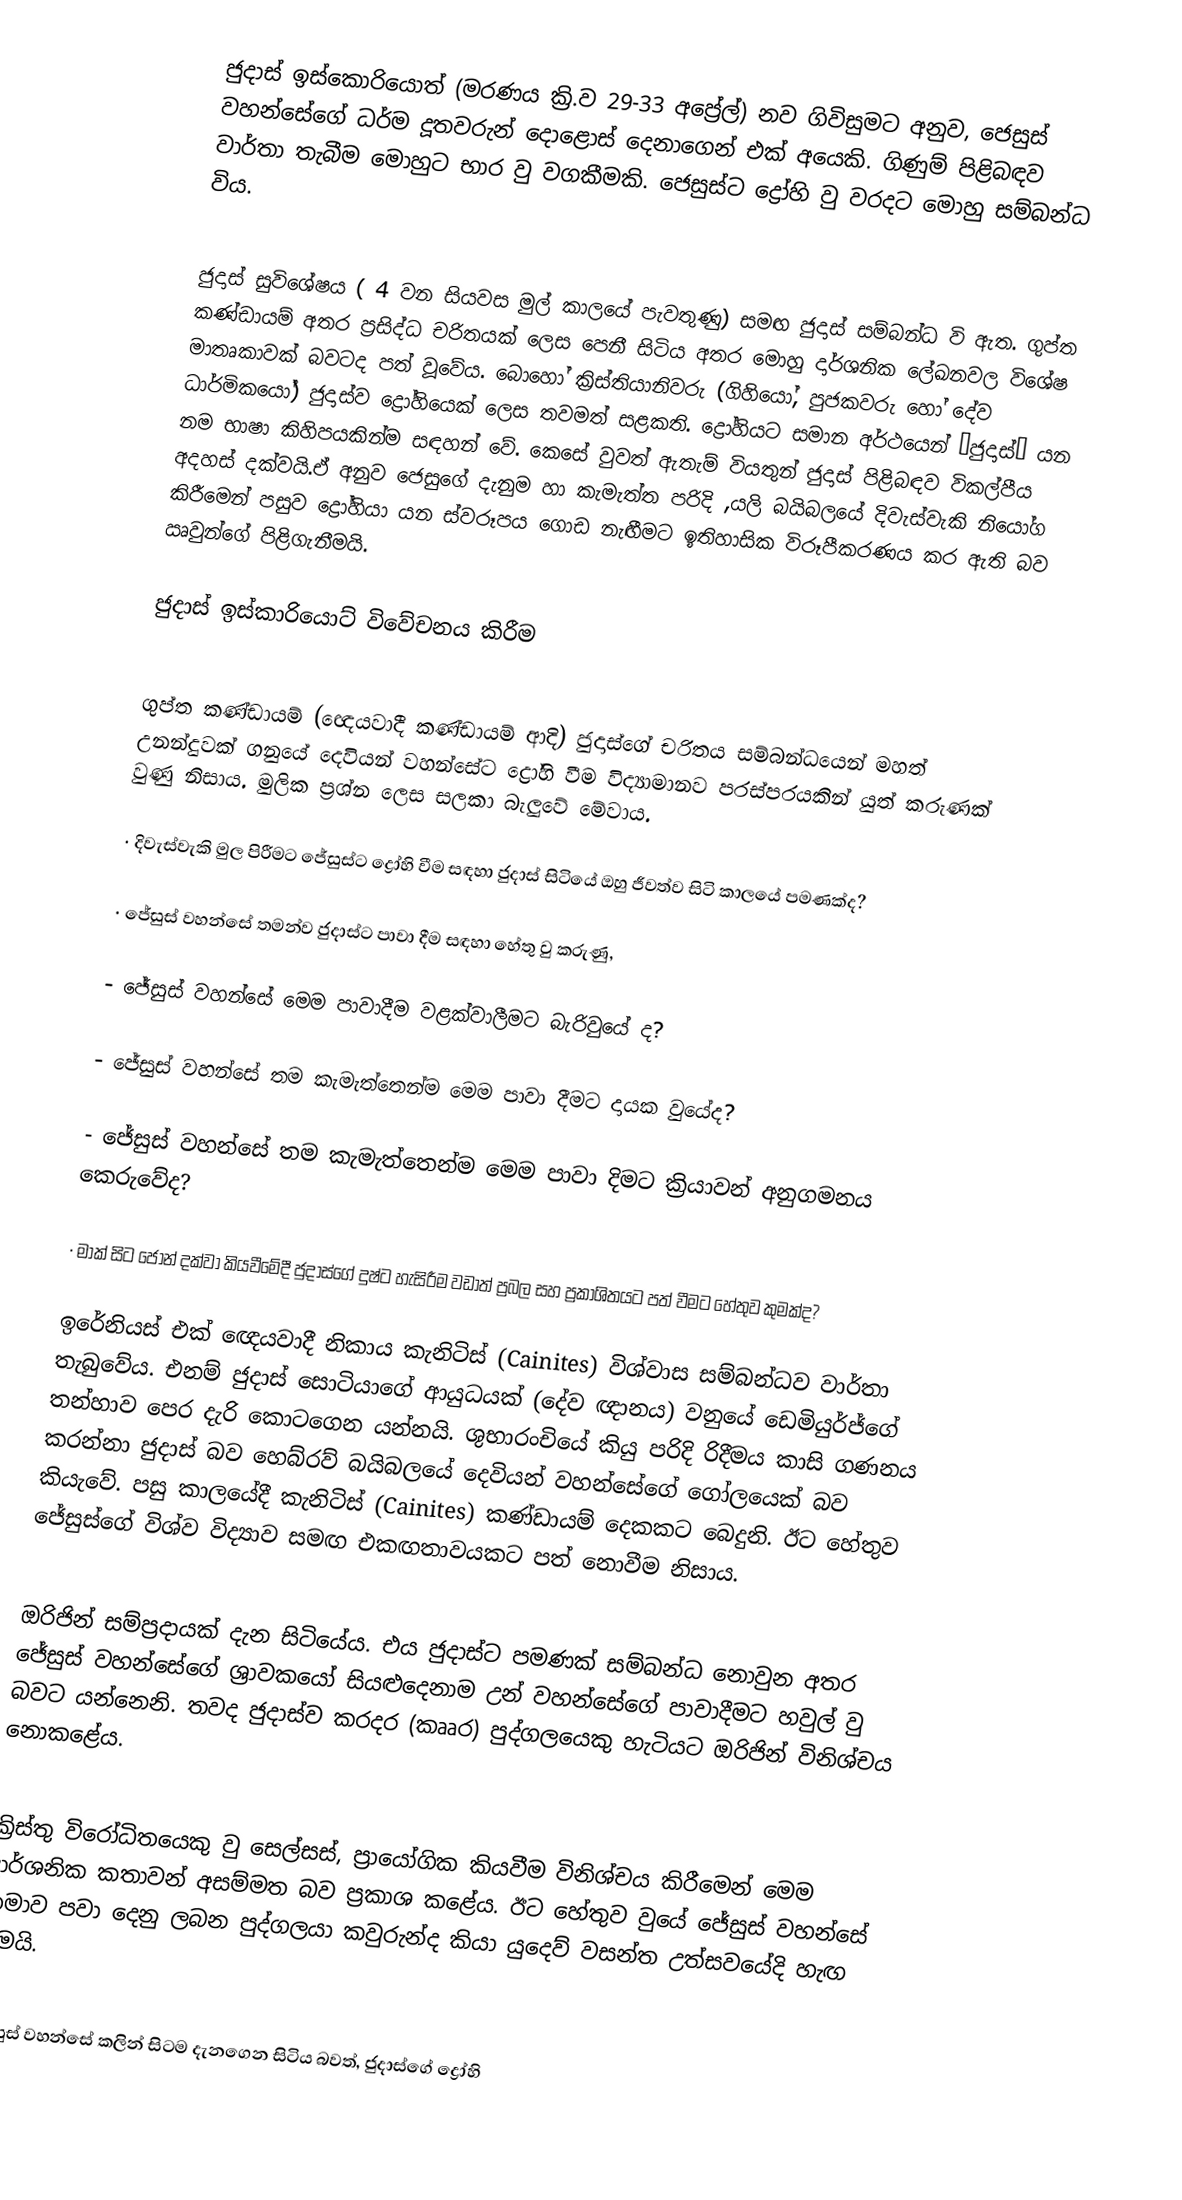
ජුදාස් ඉස්කොරියොත් (මරණය ක්‍රි.ව 29-33 අප්‍රේල්) නව ගිවිසුමට අනුව, ජෙසුස් වහන්සේගේ ධර්ම දූතවරුන් දොළොස් දෙනාගෙන් එක් අයෙකි.  ගිණුම් පිළිබඳව වාර්තා තැබීම මොහුට භාර වු වගකීමකි. ජෙසුස්ට ද්‍රෝහි වු වරදට මොහු සම්බන්ධ විය.

ජුදාස් සුවිශේෂය ( 4 වන සියවස මුල් කාලයේ පැවතුණු) සමඟ ජුදාස් සම්බන්ධ වි ඇත. ගුප්ත කණ්ඩායම් අතර ප්‍රසිද්ධ චරිතයක් ලෙස පෙනී සිටිය අතර මොහු දාර්ශනික ලේඛනවල විශේෂ මාතෘකාවක් බවටද පත් වූවේය. බොහෝ ක්‍රිස්තියානිවරු (ගිහියෝ, පුජකවරු හෝ දේව  ධාර්මිකයෝ) ජුදාස්ව ද්‍රෝහියෙක් ලෙස තවමත් සළකති. ද්‍රෝහියට සමාන අර්ථයෙන් ‘ජුදාස්’ යන නම භාෂා කිහිපයකින්ම සඳහන් වේ. කෙසේ වුවත් ඇතැම් වියතුන්  ජුදාස් පිළිබඳව විකල්පීය අදහස් දක්වයි.ඒ අනුව ජෙසුගේ දැනුම හා කැමැත්ත පරිදි ,යලි බයිබලයේ දිවැස්වැකි නියෝග කිරීමෙන් පසුව ද්‍රෝහියා යන ස්වරූපය ගොඩ නැඟීමට ඉතිහාසික විරූපීකරණය කර ඇති බව ඍවුන්ගේ පිළිගැනීමයි.

ජුදාස් ඉස්කාරියොට් විවේචනය කිරීම

ගුප්ත කණ්ඩායම් (ඥෙයවාදී කණ්ඩායම් ආදි) ජුදාස්ගේ චරිතය සම්බන්ධයෙන් මහත් උනන්දුවක් ගනුයේ දෙවියන් වහන්සේට ද්‍රෝහි වීම විද්‍යාමානව පරස්පරයකින් යුත් කරුණක් වුණු නිසාය. මුලික ප්‍රශ්න ලෙස සලකා බැලුවේ මේවාය.

·	දිවැස්වැකි මුල පිරීමට ජේසු‍ස්ට ද්‍රෝහි වීම සඳහා ජුදාස් සිටියේ ඔහු ජීවත්ව සිටි කාලයේ පමණක්ද?

·	ජේසුස් වහන්සේ තමන්ව ජුදාස්ට පාවා දීම සඳහා හේතු වු කරුණු,

-	ජේසුස් වහන්සේ මෙම පාවාදීම වළක්වාලීමට බැරිවුයේ ද?

-	ජේසුස් වහන්සේ තම කැමැත්තෙන්ම මෙම පාවා දීමට දායක වුයේද?

-	ජේසුස් වහන්සේ තම කැමැත්තෙන්ම මෙම පාවා දිමට ක්‍රියාවන් අනුගමනය කෙරුවේද?

·		මාක් සිට ජෝන් දක්වා කියවීමේදී ජුදාස්ගේ දුෂ්ට හැසිරීම වඩාත් ප්‍රබල සහ ප්‍රකාශිතයට පත් වීමට හේතුව කුමක්ද?

ඉරේනියස් එක් ඥෙයවාදී නිකාය කැනිටිස් (Cainites) විශ්වාස සම්බන්ධව වාර්තා තැබුවේය. එනම් ජුදාස් සොටියාගේ ආයුධයක් ‍(දේව ඥානය) වනුයේ ඩෙමියුර්ජ්ගේ තන්හාව පෙර දැරි කොටගෙන යන්නයි. ශුභාරංචියේ කියු පරිදි රිදීමය කාසි ගණනය කරන්නා ජුදාස් බව හෙබ්රව් බයිබ‍ලයේ දෙවියන් වහන්සේගේ ගෝලයෙක් බව කියැවේ. පසු කාලයේදී කැනිටිස් (Cainites) කණ්ඩායම් දෙකකට බෙදුනි. ඊට හේතුව ‍ ජේසුස්ගේ විශ්ව විද්‍යාව සමඟ එකඟතාවයකට පත් නොවීම නිසාය.

ඔරිජින් සම්ප්‍රදායක් දැන සිටියේය. එය ජුදාස්ට පමණක් සම්බන්ධ නොවුන අතර ජේසුස් වහන්සේගේ ශ්‍රාවකයෝ සියළුදෙනාම උන් වහන්සේගේ පාවාදීමට හවුල් වු බවට යන්නෙනි. තවද ජුදාස්ව කරදර (කෲර) පුද්ගලයෙකු හැටියට ඔරිජින් විනිශ්චය නොකළේය.

ක්‍රිස්තු විරෝධිතයෙකු වු සෙල්සස්, ප්‍රායෝගික කියවීම විනිශ්චය කිරීමෙන් මෙම දාර්ශනික කතාවන් අසම්මත බව ප්‍රකාශ කළේය. ඊට හේතුව වුයේ ජේසුස් වහන්සේ තමාව පවා ‍දෙනු ලබන පුද්ගලයා කවුරුන්ද කියා යුදෙව් වසන්ත  උත්සවයේදි හැඟ වීමයි.

ජේසුස් වහන්සේ කලින් සිටම දැ‍නගෙන සිටිය බවත්, ජුදාස්ගේ ද්‍රෝහි